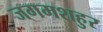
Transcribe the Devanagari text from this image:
जगमशहुर